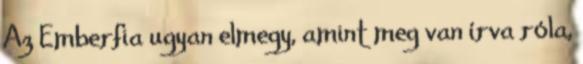
Az Emberfia ugyan elmegy, amint meg van írva róla,